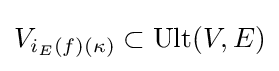
V_{i_{E}(f)(\kappa )}\subset \mathrm {Ult} (V,E)